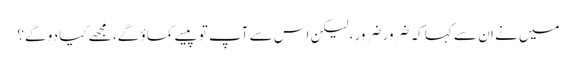
میں نے ان سے کہا کہ ضرور ضرور، لیکن اس سے آپ تو پیسے کماؤ گے، مجھے کیا دو گے؟